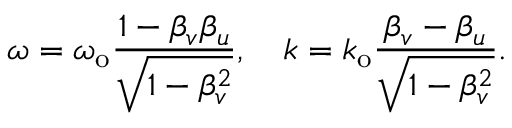
\omega = \omega _ { \mathrm { o } } \frac { 1 - \beta _ { v } \beta _ { u } } { \sqrt { 1 - \beta _ { v } ^ { 2 } } } , \quad k = k _ { \mathrm { o } } \frac { \beta _ { v } - \beta _ { u } } { \sqrt { 1 - \beta _ { v } ^ { 2 } } } .